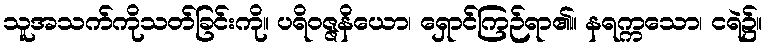
သူအသက်ကိုသတ်ခြင်းကို။ ပရိဝဇ္ဇနိယော၊ ရှောင်ကြဉ်ရာ၏။ နရက္ကသော၊ ငရဲ၌။